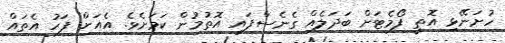
ހުށަނޭޅި އޮތީ ފޯމެޓަށް ބަދަލެއް ގެނެސްފައި އޮތުމުން ކަމަށެވެ. އެއަށް ފަހު އެތައް